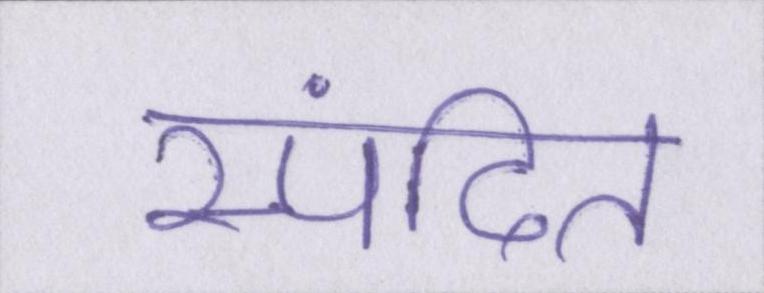
स्पंदित